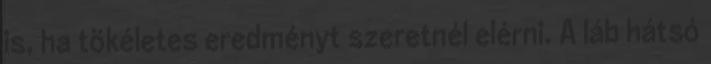
is, ha tökéletes eredményt szeretnél elérni. A láb hátsó